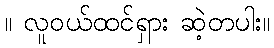
။ လူဝယ်ထင်ရှား ဆဲ့တပါး။